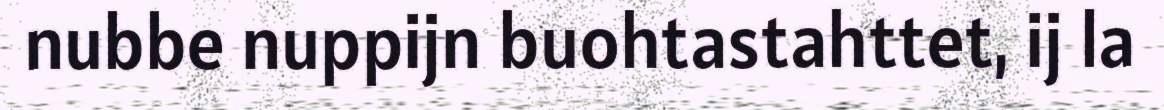
nubbe nuppijn buohtastahttet, ij la